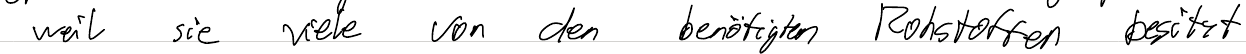
weil sie viele von den benötigten Rohstoffen besitzt